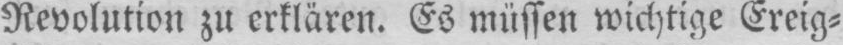
Revolution zu erklären. Es müssen wichtige Ereig-